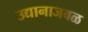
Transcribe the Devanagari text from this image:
उद्यानाजवळ